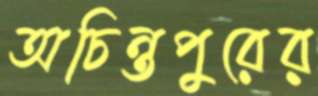
অচিন্তপুরের